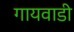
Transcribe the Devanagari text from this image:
गायवाडी